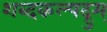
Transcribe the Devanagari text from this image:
शब्दकल्पद्रुम्